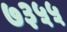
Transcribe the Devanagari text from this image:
७३५५